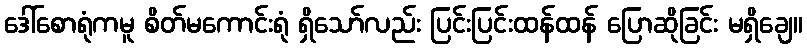
ဒေါ်စောရုံကမူ စိတ်မကောင်းရုံ ရှိသော်လည်း ပြင်းပြင်းထန်ထန် ပြောဆိုခြင်း မရှိချေ။